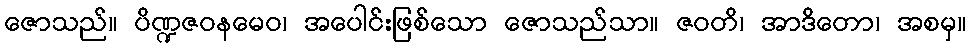
ဇောသည်။ ပိဏ္ဍဇဝနမေဝ၊ အပေါင်းဖြစ်သော ဇောသည်သာ။ ဇဝတိ၊ အာဒိတော၊ အစမှ။